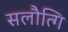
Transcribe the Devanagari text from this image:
सलौत्गि